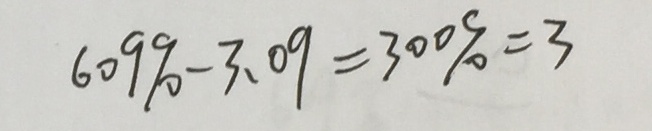
6 0 9 \% - 3 . 0 9 = 3 0 0 \% = 3